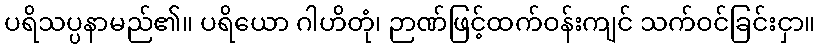
ပရိသပ္ပနာမည်၏။ ပရိယော ဂါဟိတုံ၊ ဉာဏ်ဖြင့်ထက်ဝန်းကျင် သက်ဝင်ခြင်းငှာ။